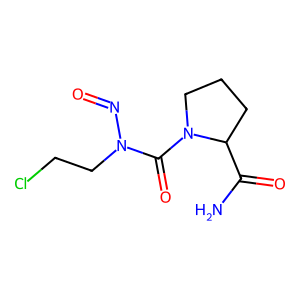
SMILES: NC(=O)C1CCCN1C(=O)N(CCCl)N=O
Inhibits HIV replication: No